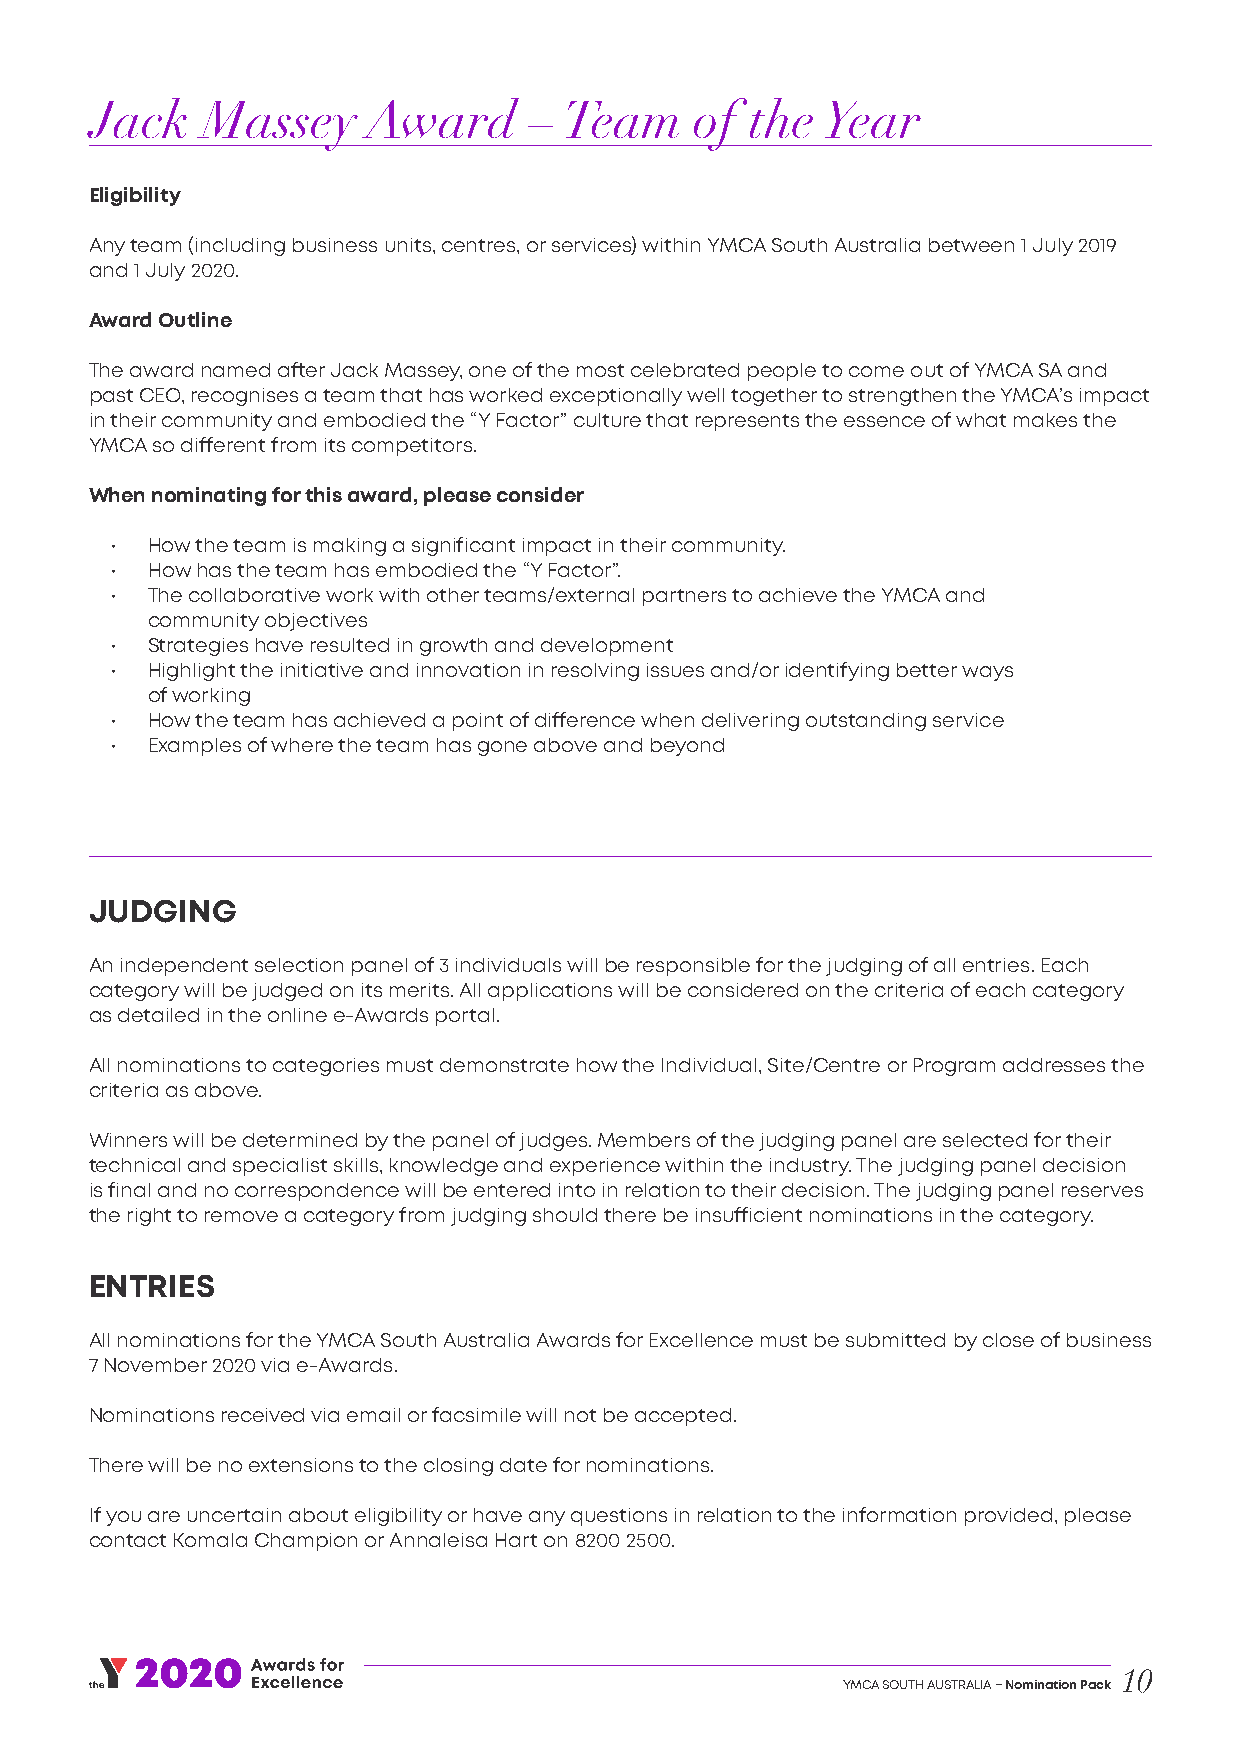
Jack   Massey     Award      – Team     of  the Year
 Eligibility
 Any team (including business units, centres, or services) within YMCA South Australia between 1 July 2019
 and 1 July 2020.
 Award Outline
 The award named after Jack Massey, one of the most celebrated people to come out of YMCA SA and
 past CEO, recognises a team that has worked exceptionally well together to strengthen the YMCA’s impact
 in their community and embodied the “Y Factor” culture that represents the essence of what makes the
 YMCA so different from its competitors.
 When nominating for this award, please consider
 •  How the team is making a significant impact in their community.
 •  How has the team has embodied the “Y Factor”.
 •  The collaborative work with other teams/external partners to achieve the YMCA and
 community objectives
 •  Strategies have resulted in growth and development
 •  Highlight the initiative and innovation in resolving issues and/or identifying better ways
 of working
 •  How the team has achieved a point of difference when delivering outstanding service
 •  Examples of where the team has gone above and beyond
 JUDGING
 An independent selection panel of 3 individuals will be responsible for the judging of all entries. Each
 category will be judged on its merits. All applications will be considered on the criteria of each category
 as detailed in the online e-Awards portal.
 All nominations to categories must demonstrate how the Individual, Site/Centre or Program addresses the
 criteria as above.
 Winners will be determined by the panel of judges. Members of the judging panel are selected for their
 technical and specialist skills, knowledge and experience within the industry. The judging panel decision
 is final and no correspondence will be entered into in relation to their decision. The judging panel reserves
 the right to remove a category from judging should there be insufficient nominations in the category.
 ENTRIES
 All nominations for the YMCA South Australia Awards for Excellence must be submitted by close of business
 7 November 2020 via e-Awards.
 Nominations received via email or facsimile will not be accepted.
 There will be no extensions to the closing date for nominations.
 If you are uncertain about eligibility or have any questions in relation to the information provided, please
 contact Komala Champion or Annaleisa Hart on 8200 2500.
 10
 YMCA SOUTH AUSTRALIA – Nomination Pack